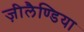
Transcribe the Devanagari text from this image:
ज़ीलैण्डिया